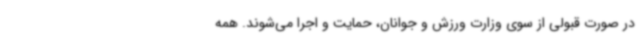
در صورت قبولی از سوی وزارت ورزش و جوانان، حمایت و اجرا می‌شوند. همه